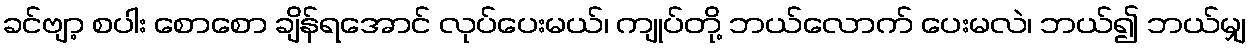
ခင်ဗျာ့ စပါး စောစော ချိန်ရအောင် လုပ်ပေးမယ်၊ ကျုပ်တို့ ဘယ်လောက် ပေးမလဲ၊ ဘယ်၍ ဘယ်မျှ